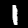
Digit: 1